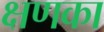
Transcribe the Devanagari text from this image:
क्षणका